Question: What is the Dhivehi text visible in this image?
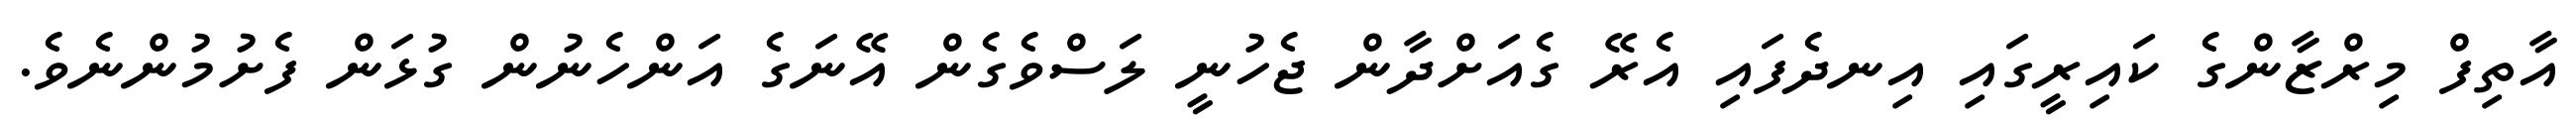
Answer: އާތިފް މިރްޒާންގެ ކައިރީގައި އިނދެފައި އެރޭ ގެއަށްދާން ޖެހުނީ ލަސްވެގެން އޭނަގެ އަންހެނުން ގުޅަން ފެށުމުންނެވެ.